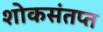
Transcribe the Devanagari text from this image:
शोकसंतप्त